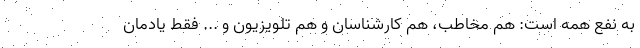
به نفع همه است: هم مخاطب، هم کارشناسان و هم تلویزیون و ... فقط یادمان